Lunatic asylums Madras 1877-1891 - 1877-1891
Year: 1877
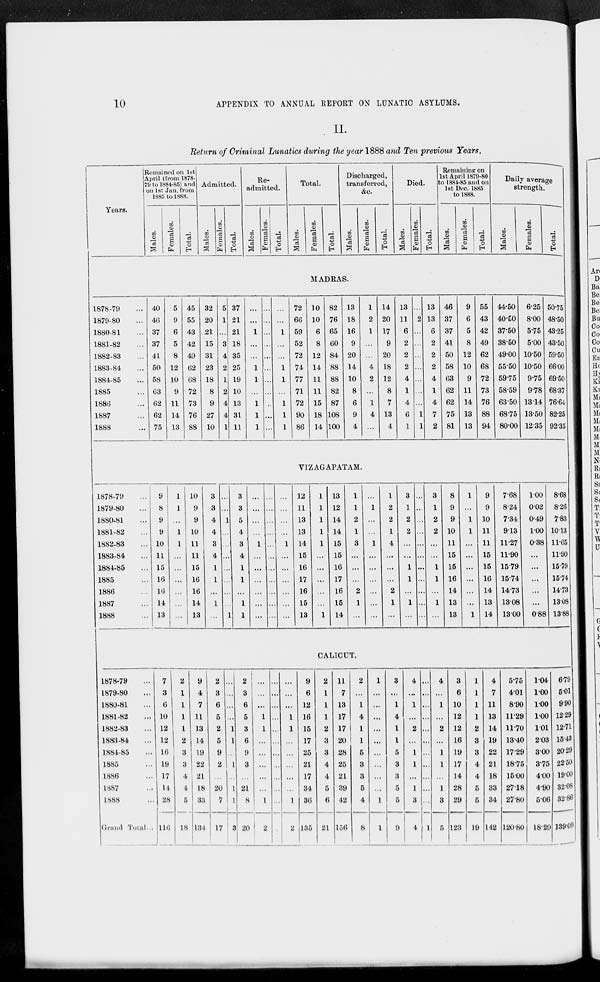
10
APPENDIX TO ANNUAL REPORT ON LUNATIC ASYLUMS.
II.
Return of Criminal Lunatics during the year 1888 and Ten previous Years.
Years.
Remained on 1st
April (from 1878-
79 to 1884-85) and
on 1st Jan. from
1885 to 1888.
Males.
Females.
Total.
Admitted.
Males.
Females.
Total.
Re-
admitted.
Males.
Females.
Total.
Total.
Males.
Females.
Total.
Discharged,
transferred,
&c.
Males.
Females.
Total.
Died.
Males.
Females.
Total.
Remaining on
1st April 1879-80
to 1884-85 and on
1st Dec. 1885
to 1888.
Males.
Females.
Total.
Daily average
strength.
Males.
Females.
Total.
MADRAS.
1878-79 ...
1879-80 ...
1880-81 ...
1881-82 ...
1882-83 ...
1883-84 ...
1884-85 ...
1885 ...
1886 ...
1887 ...
1888 ...
40
46
37
37
41
50
58
63
62
62
75
5
9
6
5
8
12
10
9
11
14
13
45
55
43
42
49
62
68
72
73
76
88
32
20
21
15
31
23
18
8
9
27
10
5
1
...
3
4
2
1
2
4
4
1
37
21
21
18
35
25
19
10
13
31
11
...
...
1
...
...
1
1
...
1
1
1
...
...
...
...
...
...
...
...
...
...
...
...
...
1
...
...
1
1
...
1
1
1
72
66
59
52
72
74
77
71
72
90
86
10
10
6
8
12
14
11
11
15
18
14
82
76
65
60
84
88
88
82
87
108
100
13
18
16
9
20
14
10
8
6
9
4
1
2
1
...
...
4
2
...
1
4
...
14
20
17
9
20
18
12
8
7
13
4
13
11
6
2
2
2
4
1
4
6
1
...
2
...
...
...
...
...
..
..
1
1
13
13
6
2
2
2
4
1
4
7
2
46
37
37
41
50
58
63
62
62
75
81
9
6
5
8
12
10
9
11
14
13
13
55
43
42
49
62
68
72
73
76
88
94
44.50
40.50
37.50
38.50
49.00
55.50
59.75
58.59
63.50
68.75
80.00
6.25
8.00
5.75
5.00
10.50
10.50
9.75
9.78
13.14
13.50
12.35
50.75
48.50
43.25
43.50
59.50
66.00
69.50
68.37
76.64
82.25
92.35
VIZAGAPATAM.
1878-79 ...
1879-80 ...
1880-81 ...
1881-82 ...
1882-83 ...
1883-84 ...
1884-85 ...
1885 ...
1886 ...
1887 ...
1888 ...
9
8
9
9
10
11
15
16
16
14
13
1
1
...
1
1
...
...
...
...
...
...
10
9
9
10
11
11
15
16
16
14
13
3
3
4
4
3
4
1
1
...
1
...
...
...
1
...
...
...
...
...
...
...
1
3
3
5
4
3
4
1
1
...
1
1
...
...
...
...
1
...
...
...
...
...
...
...
...
...
...
...
...
...
...
...
...
...
...
...
...
...
1
...
...
...
...
...
...
12
11
13
13
14
15
16
17
16
15
13
1
1
1
1
1
...
...
...
...
...
1
13
12
14
14
15
15
16
17
16
15
14
1
1
2
1
3
...
...
...
2
1
...
...
1
...
...
1
...
...
...
...
...
...
1
2
2
1
4
...
...
...
2
1
...
3
1
2
2
...
...
1
1
...
1
...
...
...
..
...
...
...
...
..
...
...
...
3
1
2
2
...
...
1
1
...
1
...
3
9
9
10
11
15
15
16
14
13
13
1
...
1
1
...
...
...
...
...
...
1
9
9
10
11
11
15
15
16
14
13
14
7.68
8.24
7.34
9.13
11.27
11.90
15.79
15.74
14.73
13.08
13.00
1.00
0.02
0.49
1.00
0.38
...
...
...
...
...
0.88
8.68
8.26
7.83
10.13
11.65
11.90
15.79
15.74
14.73
13.08
13.88
CALICUT.
1878-79 ...
1879-80 ...
1880-81 ...
1881-82 ...
1882-83 ...
1883-84 ...
1884-85 ...
1885 ...
1886 ...
1887 ...
1888 ...
Grand Total.
7
3
6
10
12
12
16
19
17
14
28
116
2
1
1
1
1
2
3
3
4
4
5
18
9
4
7
11
13
l4
l9
21
21
18
33
134
2
3
6
5
2
5
9
2
...
20
7
17
...
...
...
...
1
1
...
1
...
1
1
3
2
3
6
5
3
6
9
3
...
21
8
20
...
...
...
1
1
...
...
...
...
...
1
2
...
...
...
...
...
...
...
...
...
...
...
...
...
...
...
1
1
...
...
...
...
1
2
9
6
12
16
15
17
25
21
17
34
36
135
2
1
1
1
2
3
3
4
4
5
6
21
11
7
13
17
17
20
28
25
24
39
42
156
2
...
1
4
1
1
5
3
3
5
4
8
1
...
...
...
...
...
...
...
...
...
1
1
3
...
1
4
1
1
5
3
3
5
5
9
4
...
1
...
2
...
1
1
...
1
3
4
...
...
...
...
...
...
...
...
...
...
...
1
4
...
1
...
2
...
1
1
...
1
3
5
3
6
10
12
12
16
19
17
14
28
29
123
1
1
1
1
2
3
3
4
4
5
5
19
4
7
11
13
14
19
22
21
18
33
34
142
5.75
4.01
8.90
11.29
11.70
13.40
17.29
18.75
15.00
27.18
27.80
120.80
1.04
1.00
1.00
1.00
1.01
2.03
3.00
3.75
4.00
4.90
5.06
18.29
6.79
5.01
9.90
12.29
12.71
15.48
20.29
22.50
19.00
32.06
32.86
139.09